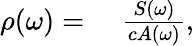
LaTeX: \begin{array}{rl}{\rho(\omega)=}&{{}\, \, \frac{S(\omega)}{cA(\omega)},}\end{array}